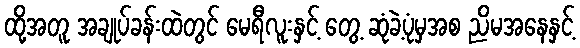
ထို့အတူ အချုပ်ခန်းထဲတွင် မေရီလူးနှင့် တွေ့ ဆုံခဲ့ပုံမှအစ ညိမအနေနှင့်